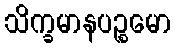
သိက္ခမာနပဉ္စမော